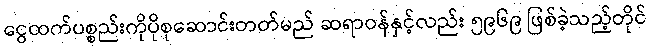
ငွေထက်ပစ္စည်းကိုပိုစုဆောင်းတတ်မည် ဆရာဝန်နှင့်လည်း ၅၉၆၉ ဖြစ်ခဲ့သည့်တိုင်